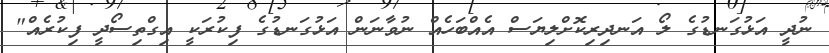
ނުދީ އަޅުގަނޑުގެ ލޯ އަނދިރިކޮށްލިޔަސް އެއްބަހެއް ނުވާނަން އަޅުގަނޑުގެ ފިކުރަކީ އިގްތިސޯދީ ފިކުރެއް"